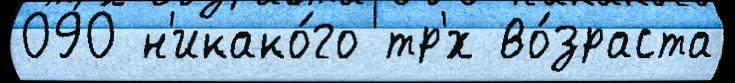
090 н'икако́го тр'́х во́зраста